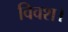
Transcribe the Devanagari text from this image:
विवश।